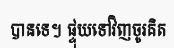
បានទេ។ ផ្ទុយទៅវិញចូរគិត